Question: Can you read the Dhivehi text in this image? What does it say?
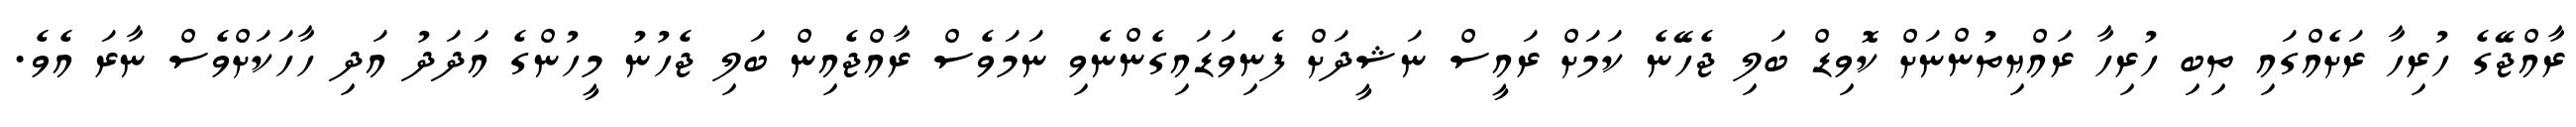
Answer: ރާއްޖޭގެ ހުރިހާ ރަށެއްގައި ތިބި ހުރިހާ ރައްޔިތުންނަށް ކޮވިޑް ބަލި ޖެހޭނެ ކަމަށް ރައީސް ނަޝީދަށް ފެނިވަޑައިގެންނެވި ނަމަވެސް ރާއްޖެއިން ބަލި ޖެހުނު މީހުންގެ އަދަދު އަދި ހާހަކަށްވެސް ނާރަ އެވެ.